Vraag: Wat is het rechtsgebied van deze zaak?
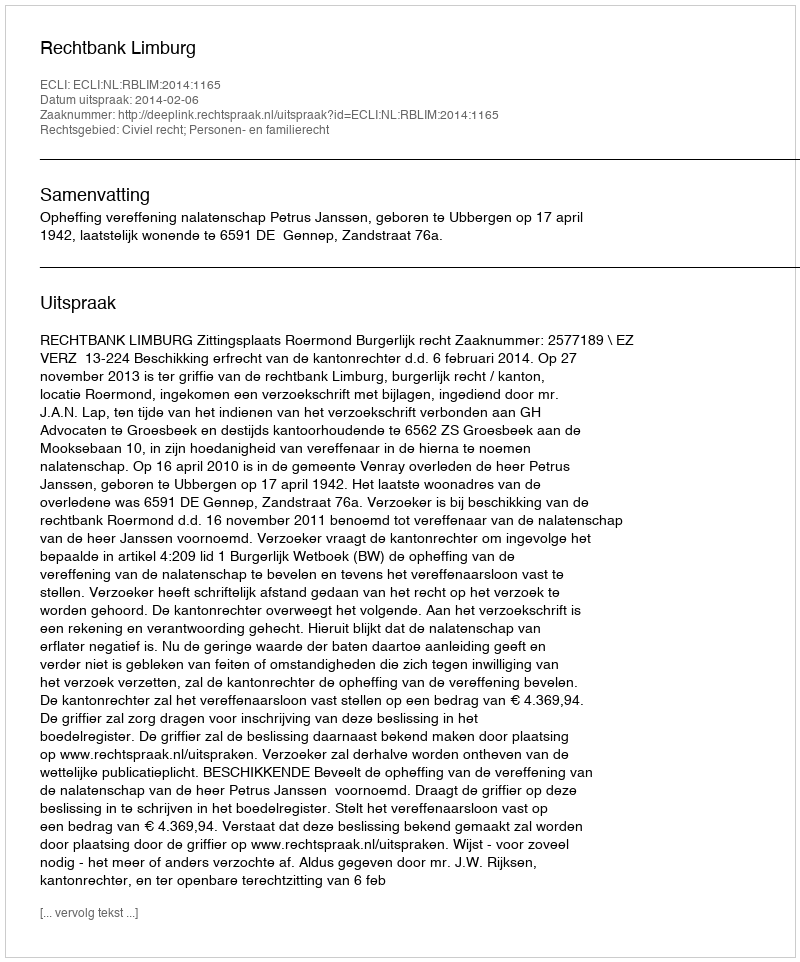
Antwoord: Civiel recht; Personen- en familierecht